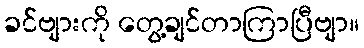
ခင်ဗျားကို တွေ့ချင်တာကြာပြီဗျာ။